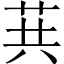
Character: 𦮎